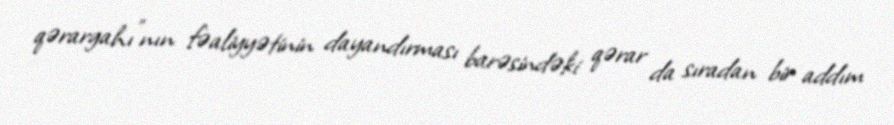
qərargahı”nın fəaliyyətinin dayandırması barəsindəki qərar da sıradan bir addım